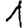
Digit: 1